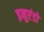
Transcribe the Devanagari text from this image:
इनुएंडो